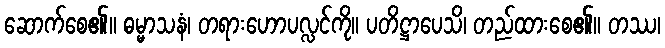
ဆောက်စေ၏။ ဓမ္မာသနံ၊ တရားဟောပလ္လင်ကို။ ပတိဋ္ဌာပေသိ၊ တည်ထားစေ၏။ တဿ၊